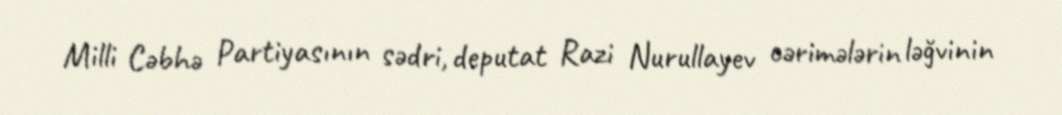
Milli Cəbhə Partiyasının sədri, deputat Razi Nurullayev cərimələrin ləğvinin